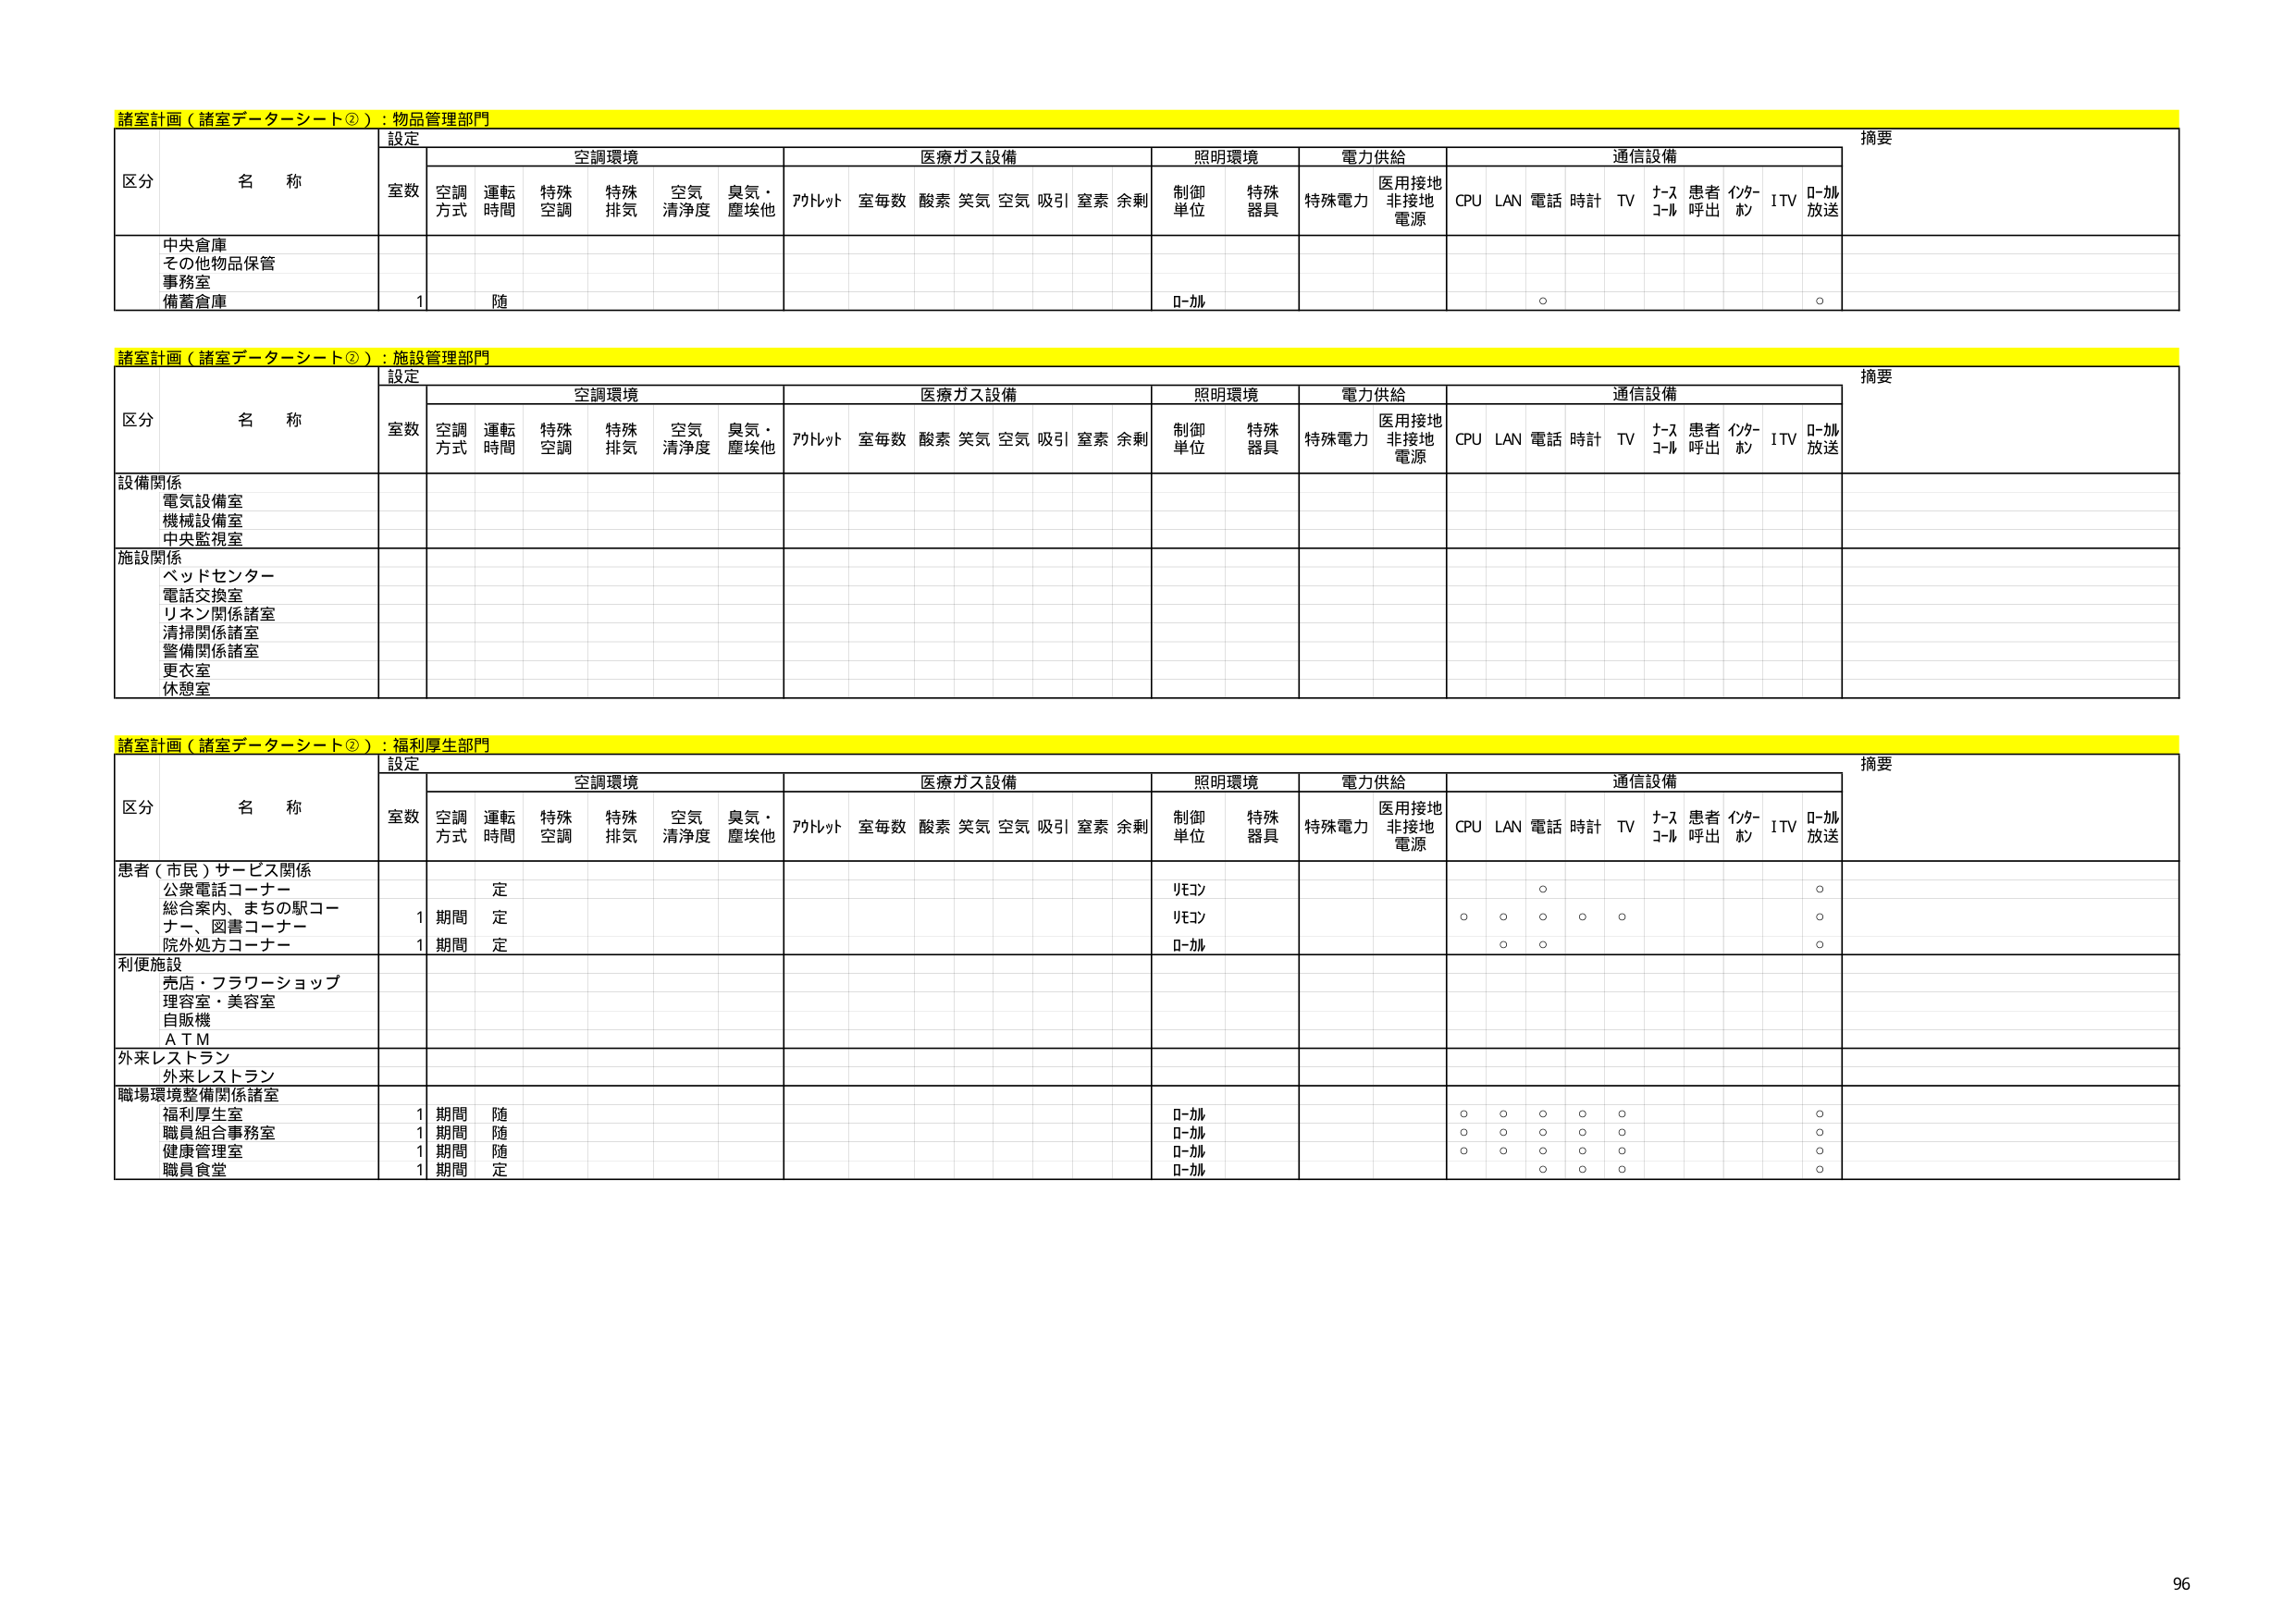
諸室計画（諸室データーシート②）：物品管理部門
設定
摘要
区分 名称
空調環境
医療ガス設備
照明環境
電力供給
通信設備
室数
空調方式
運転時間
特殊空調
特殊排気
空気清浄度
臭気・塵埃他
アットレット
室毎数
酸素
笑気
空気
吸引
窒素
余剰
制御単位
特殊器具
特殊電力
医用接地非接地電源
CPU
LAN
電話
時計
TV
ナースコール
患者呼出
インターホン
ITV
ローカル放送
中央倉庫
その他物品保管
事務室
備蓄倉庫
1
随
ローカル
○
○

諸室計画（諸室データーシート②）：施設管理部門
設定
摘要
区分 名称
空調環境
医療ガス設備
照明環境
電力供給
通信設備
室数
空調方式
運転時間
特殊空調
特殊排気
空気清浄度
臭気・塵埃他
アットレット
室毎数
酸素
笑気
空気
吸引
窒素
余剰
制御単位
特殊器具
特殊電力
医用接地非接地電源
CPU
LAN
電話
時計
TV
ナースコール
患者呼出
インターホン
ITV
ローカル放送
設備関係
電気設備室
機械設備室
中央監視室
施設関係
ベッドセンター
電話交換室
リネン関係諸室
清掃関係諸室
警備関係諸室
更衣室
休憩室

諸室計画（諸室データーシート②）：福利厚生部門
設定
摘要
区分 名称
空調環境
医療ガス設備
照明環境
電力供給
通信設備
室数
空調方式
運転時間
特殊空調
特殊排気
空気清浄度
臭気・塵埃他
アットレット
室毎数
酸素
笑気
空気
吸引
窒素
余剰
制御単位
特殊器具
特殊電力
医用接地非接地電源
CPU
LAN
電話
時計
TV
ナースコール
患者呼出
インターホン
ITV
ローカル放送
患者（市民）サービス関係
公衆電話コーナー
総合案内、まちの駅コーナー、図書コーナー
院外処方コーナー
1
期間
定
リモコン
○
○
1
期間
定
リモコン
○
○
○
○
○
○
ローカル
○
○
○
利便施設
売店・フラワーショップ
理容室・美容室
自販機
ＡＴＭ
外来レストラン
外来レストラン
職場環境整備関係諸室
福利厚生室
1
期間
随
ローカル
○
○
○
○
○
○
職員組合事務室
1
期間
随
ローカル
○
○
○
○
○
○
健康管理室
1
期間
随
ローカル
○
○
○
○
○
○
職員食堂
1
期間
定
ローカル
○
○
○
○
○
96